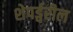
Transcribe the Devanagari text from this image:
शेपर्ड्वरील